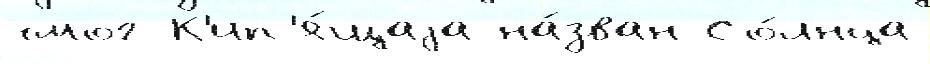
смог К'ип'я́щаjа на́зван Со́лнца